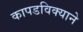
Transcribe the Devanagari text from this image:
कापडविक्याने